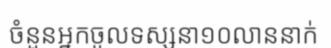
ចំនួនអ្នកចូលទស្សនា១០លាននាក់